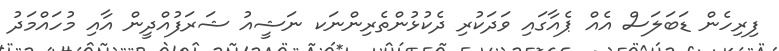
ފިރިހެން ޑަބަލަސް އެއް ޕެއާގައި ވަދަކުރި ދެކުޅުންތެރިންނަކ ނަޝީއު ޝަރަފުއްދީން އާއި މުހައްމަދު